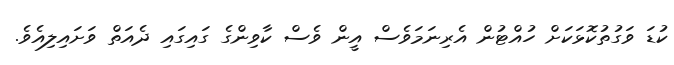
ކުޑަ ވަގުތުކޮޅަކަށް ހުއްޓުން އެރިނަމަވެސް އީން ވެސް ކާވިންގެ ގައިގައި ދެއަތް ވަށައިލިއެވެ.